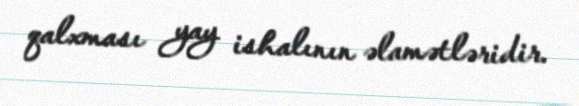
qalxması yay ishalının əlamətləridir.